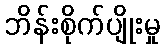
ဘိန်းစိုက်ပျိုးမှု